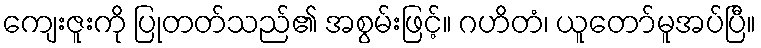
ကျေးဇူးကို ပြုတတ်သည်၏ အစွမ်းဖြင့်။ ဂဟိတံ၊ ယူတော်မူအပ်ပြီ။